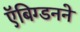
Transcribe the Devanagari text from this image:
ऍबिग्डनने